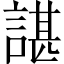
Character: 諶